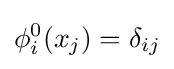
\phi _{i}^{0}(x_{j})=\delta _{ij}